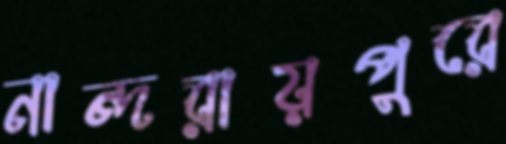
নান্দরায়পুরে